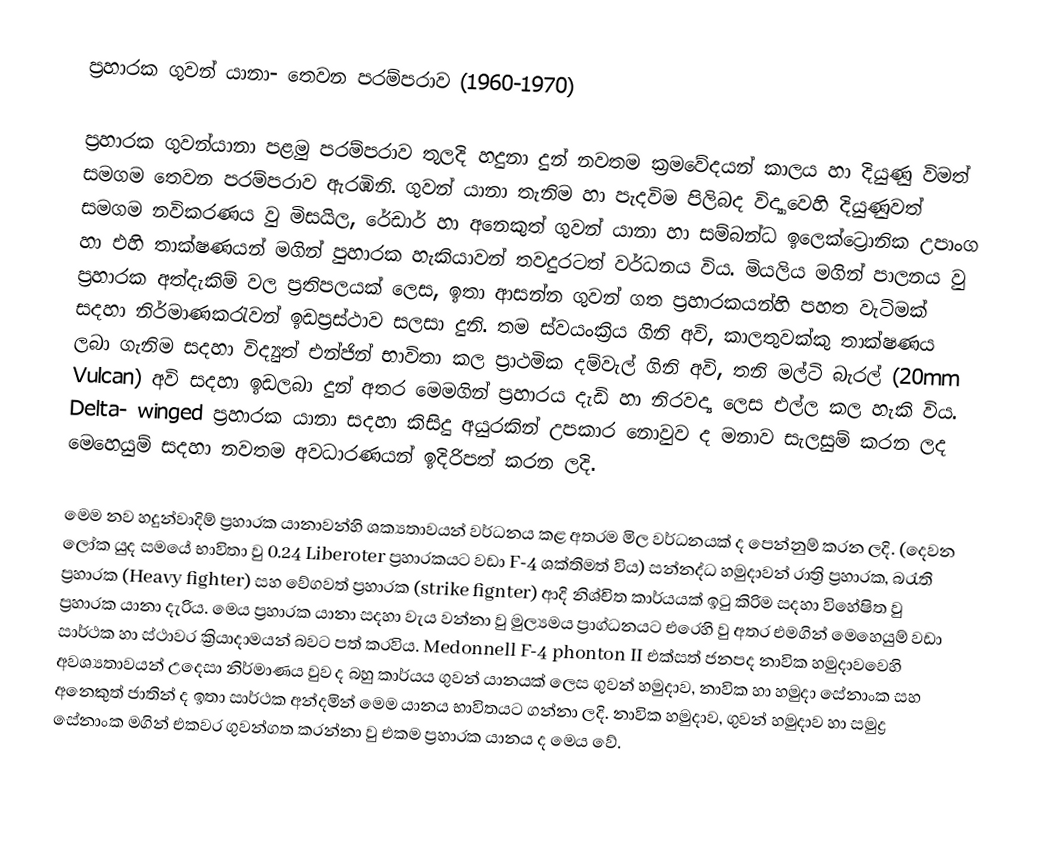
ප්‍රහාරක ගුවන් යානා- තෙවන පරම්පරාව (1960-1970)

	ප්‍රහාරක ගුවන්යානා පළමු පරම්පරාව තුලදි හදුනා දුන් නවතම ක්‍රමවේදයන් කාලය හා දියුණු විමත් සමගම තෙවන පරම්පරාව ඇරඹිනි. ගුවන් යානා තැනිම හා පැදවිම පිලිබද විද්‍යාවෙහි දියුණුවත් සමගම නවිකරණය වු මිසයිල, රේඩාර් හා අනෙකුත් ගුවන් යානා හා සම්බන්ධ ඉලෙක්ට්‍රොනික උපාංග හා එහි තාක්ෂණයන් මගින් පුහාරක හැකියාවන් තවදුරටත් වර්ධනය විය. මියලිය මගින් පාලනය වු ප්‍රහාරක අත්දැකිම් වල ප්‍රතිපලයක් ලෙස, ඉතා ආසන්න ගුවන් ගත ප්‍රහාරකයන්හි පහත වැටිමක් සදහා නිර්මාණකරැවන් ඉඩප්‍රස්ථාව සලසා දුනි. තම ස්වයංක්‍රිය ගිනි අවි, කාලතුවක්කු තාක්ෂණය ලබා ගැනිම සදහා විද්‍යුත් එන්ජින් භාවිතා කල ප්‍රාථමික දම්වැල් ගිනි අවි, තනි මල්ටි බැරල්  (20mm Vulcan)  අවි සදහා ඉඩලබා දුන් අතර මෙමගින් ප්‍රහාරය දැඩි හා නිරවද්‍ය ලෙස එල්ල කල හැකි විය. Delta- winged ප්‍රහාරක යානා සදහා කිසිදු අයුරකින් උපකාර නොවුව ද මනාව සැලසුම් කරන ලද මෙහෙයුම් සදහා නවතම අවධාරණ‍යන් ඉදිරිපත් කරන ලදි.

	මෙම නව හදුන්වාදිම් ප්‍රහාරක යානාවන්හි ශක්‍යතාවයන් වර්ධනය කළ අතරම මිල වර්ධනයක් ද පෙන්නුම් කරන ලදි. (දෙවන ලෝක යුද සමයේ භාවිතා වු 0.24 Liberoter ප්‍රහාරකයට වඩා   F-4 ශක්තිමත් විය) සන්නද්ධ හමුදාවන් රාත්‍රි ප්‍රහාරක, බරැති ප්‍රහාරක  (Heavy fighter) සහ වේගවත් ප්‍රහාරක (strike fignter)  ආදි නිශ්චිත කාර්යයක් ඉටු කිරිම සදහා විහේෂිත වු ප්‍රහාරක යානා දැරිය. මෙය ප්‍රහාරක යානා සදහා වැය වන්නා වු මුල්‍යමය ප්‍රාග්ධනයට එරෙහි වු අතර එමගින් මෙහෙයුම් වඩා සාර්ථක හා ස්ථාවර ක්‍රියාදාමයන් බවට පත් කරවිය. Medonnell F-4 phonton II එක්සත් ජනපද නාවික හමුදාවවෙහි අවශ්‍යතාවයන් උදෙසා නිර්මාණය වුව ද බහු කාර්යය ගුවන් යානයක් ලෙස ගුවන් හමුදාව, නාවික හා  හමුදා සේනාංක සහ අනෙකුත් ජාතින් ද ඉතා සාර්ථක අන්දමින් මෙම යානය භාවිතයට ගන්නා ලදි. නාවික හමුදාව, ගුවන් හමුදාව හා සමුද්‍ර සේනාංක මගින් එකවර ගුවන්ගත කරන්නා වු එකම ප්‍රහාරක යානය ද මෙය වේ.